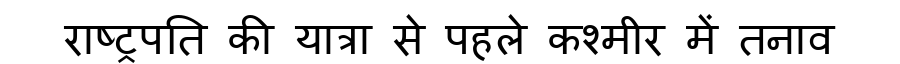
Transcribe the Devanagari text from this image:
राष्ट्रपति की यात्रा से पहले कश्मीर में तनाव